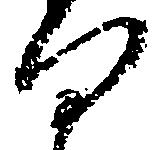
向